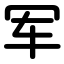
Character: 军